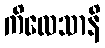
ကိလေသာနိ